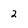
Character: 2